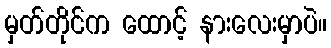
မှတ်တိုင်က ထောင့် နားလေးမှာပဲ။